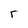
Character: r